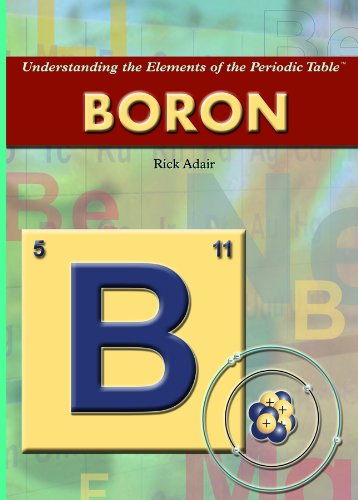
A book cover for Boron (Understanding the Elements of the Periodic Table); Rick Adair; Children's Books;